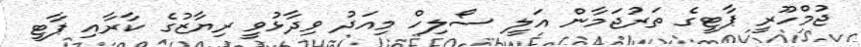
ޖުމްހޫރީ ޕާޓީގެ ތަރުޖަމާން އަލީ ސޯލިހް މިއަދު ވިދާޅުވީ ރިޔާޒުގެ ކާރާއި ޕާޓީ